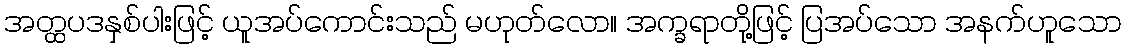
အတ္ထပဒနှစ်ပါးဖြင့် ယူအပ်ကောင်းသည် မဟုတ်လော။ အက္ခရာတို့ဖြင့် ပြအပ်သော အနက်ဟူသော